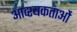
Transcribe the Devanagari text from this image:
आव्श्यकताओं